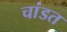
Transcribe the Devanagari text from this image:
चांडत